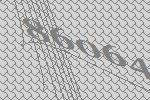
86064